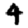
Digit: 4